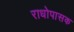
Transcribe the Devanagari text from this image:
राधोपासक